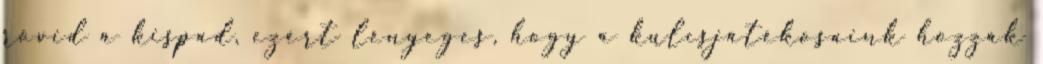
rövid a kispad, ezért lényeges, hogy a kulcsjátékosaink hozzák